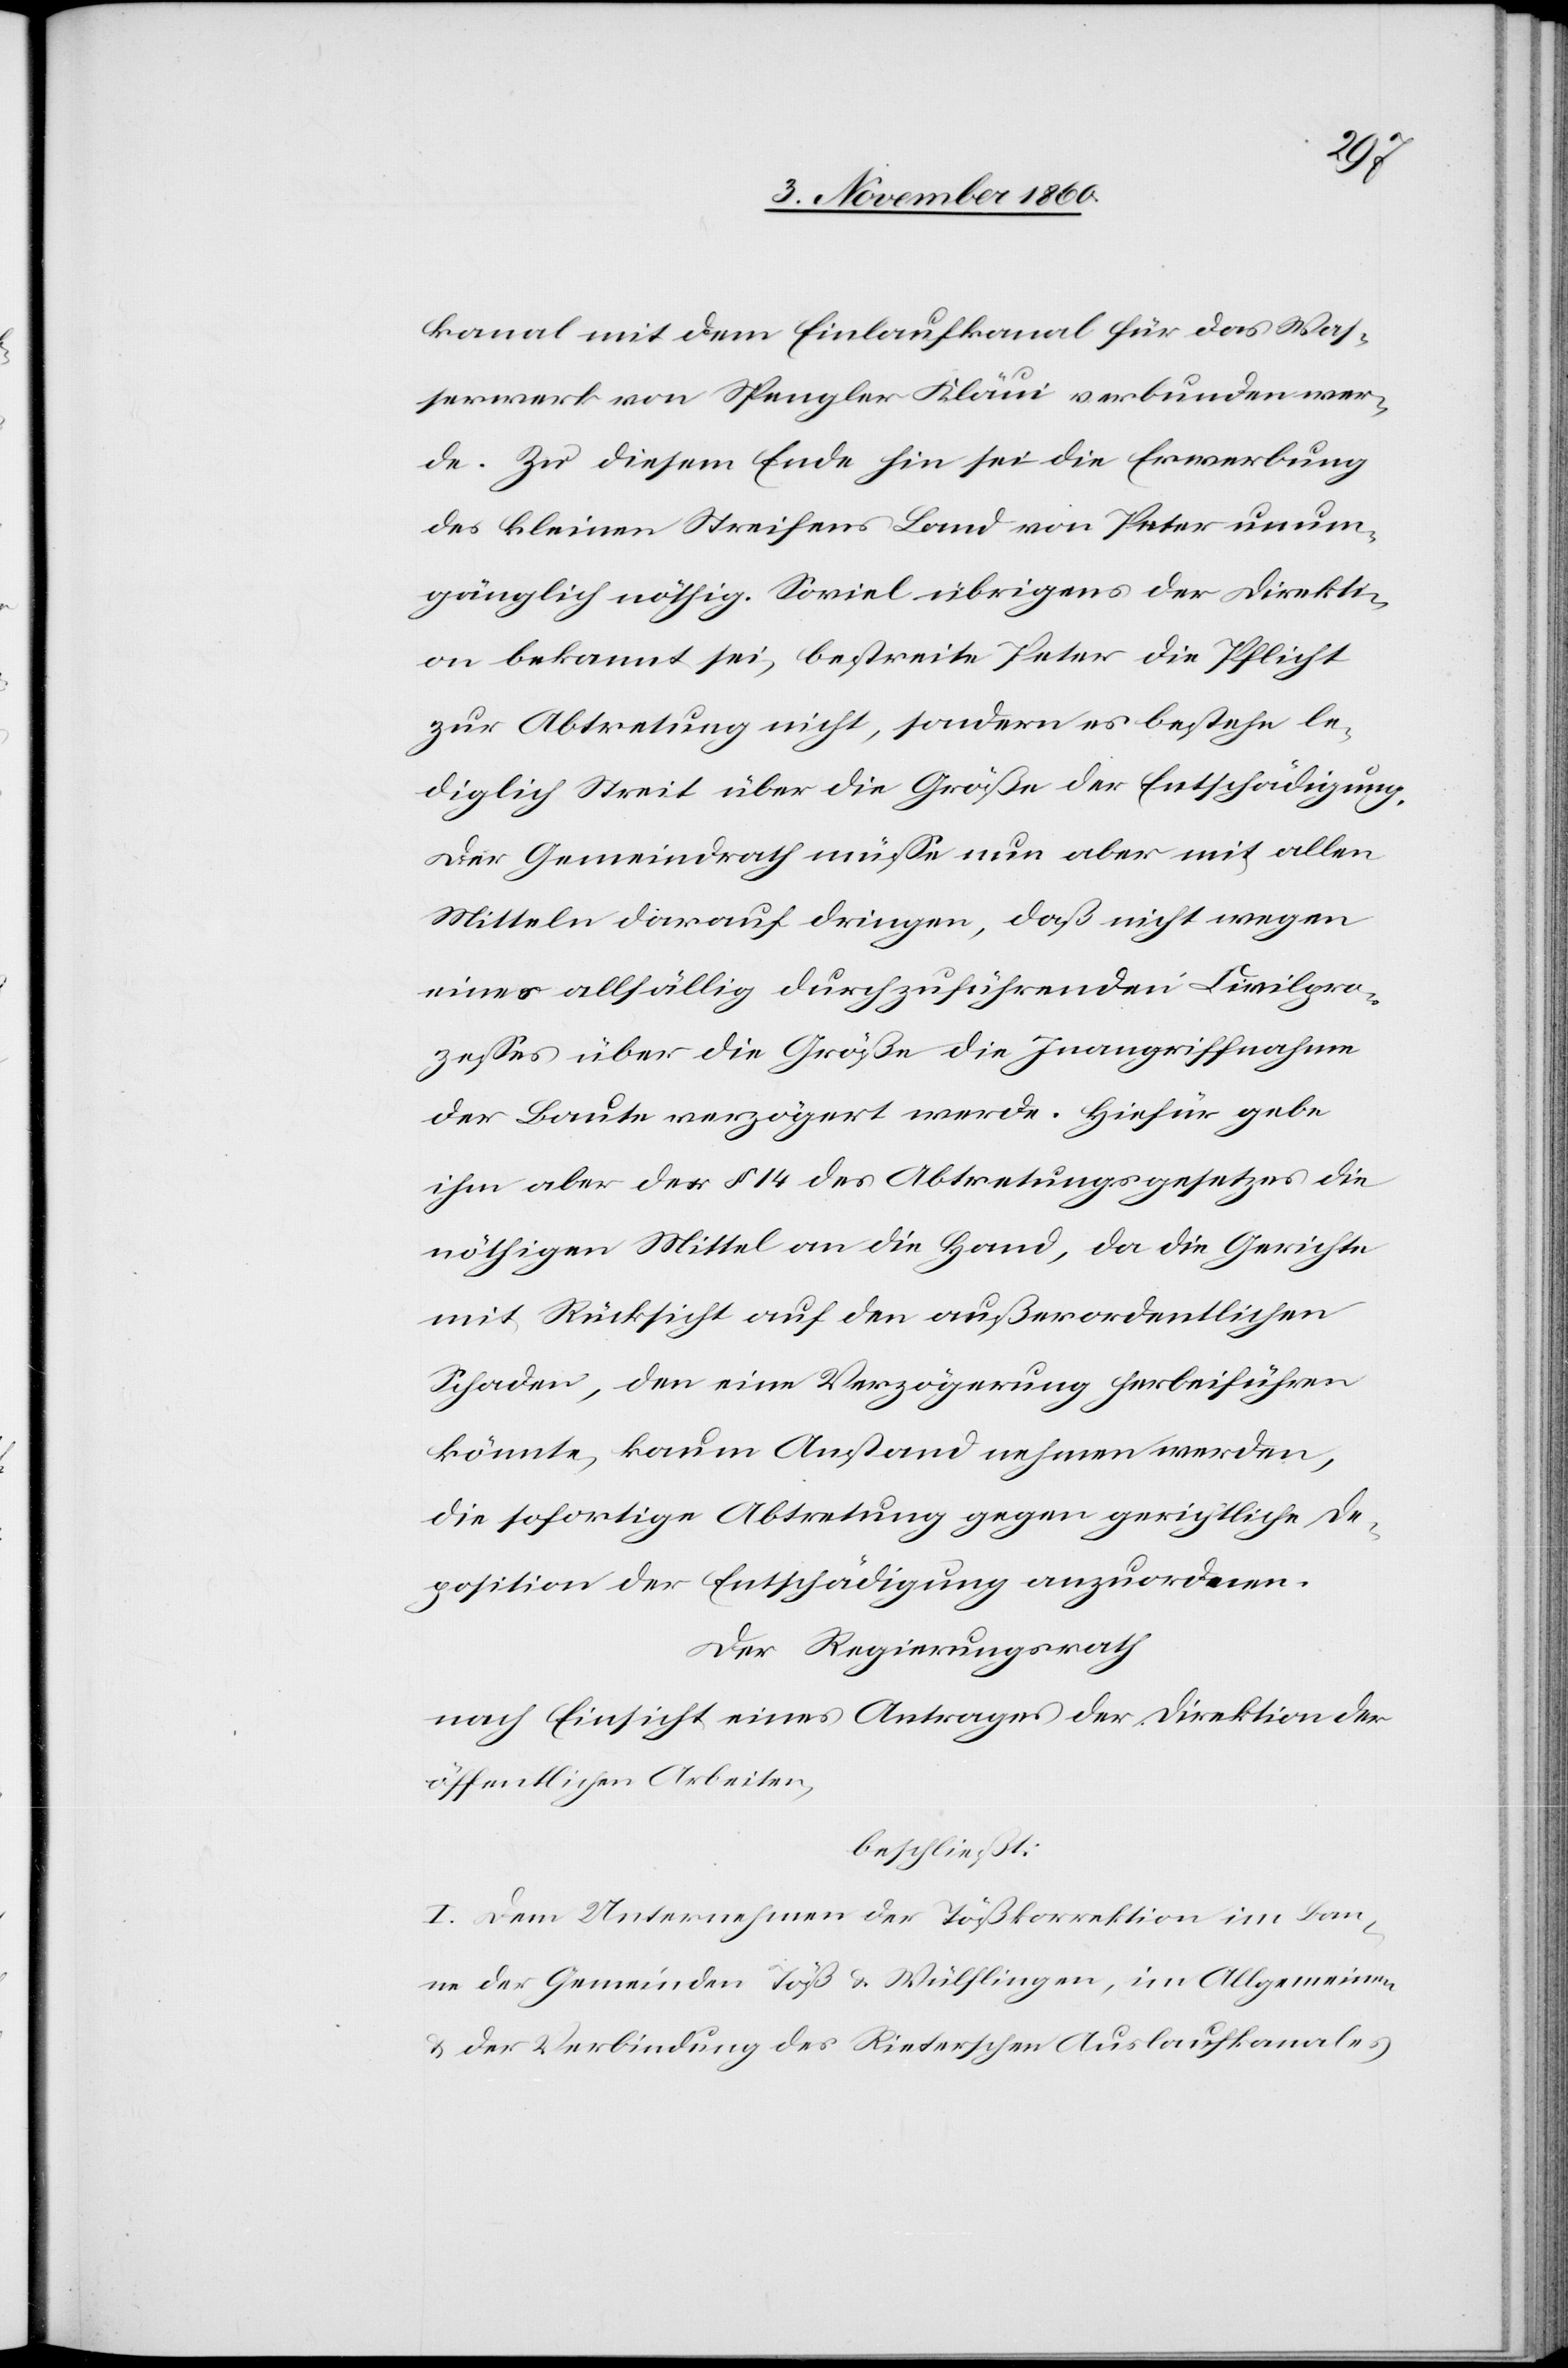
kanal mit dem Einlaufkanal für das Was¬
serwerk von Spengler Kläui verbunden wer¬
de. Zu diesem Ende hin sei die Erwerbung
des kleinen Streifens Land von Peter unum¬
gänglich nöthig. Soviel übrigens der Direkti¬
on bekannt sei, bestreite Peter die Pflicht
zur Abtretung nicht, sondern es bestehe le¬
diglich Streit über die Größe der Entschädigung.
Der Gemeindrath müsse nun aber mit allen
Mitteln darauf dringen, daß nicht wegen
eines allfällig durchzuführenden Civilpro¬
zesses über die Größe die Inangriffnahme
der Baute verzögert werde. Hiefür gebe
ihm aber der § 14 des Abtretungsgesetzes die
nöthigen Mittel an die Hand, da die Gerichte
mit Rücksicht auf den außerordentlichen
Schaden, den eine Verzögerung herbeiführen
könnte, kaum Anstand nehmen werde,
die sofortige Abtretung gegen gerichtliche De¬
position der Entschädigung anzuordnen.
Der Regierungsrath
nach Einsicht eines Antrages der Direktion der
öffentlichen Arbeiten,
beschließt:
I. Dem Unternehmen der Tößkorrektion im Ban¬
ne der Gemeinden Töß u. Wülflingen, im Allgemeinen
u. der Verbindung des Rieterschen Auslaufkanales